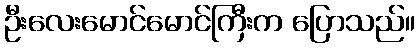
ဦးလေးမောင်မောင်ကြီးက ပြောသည်။